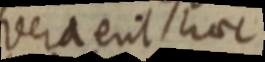
vera erit haec